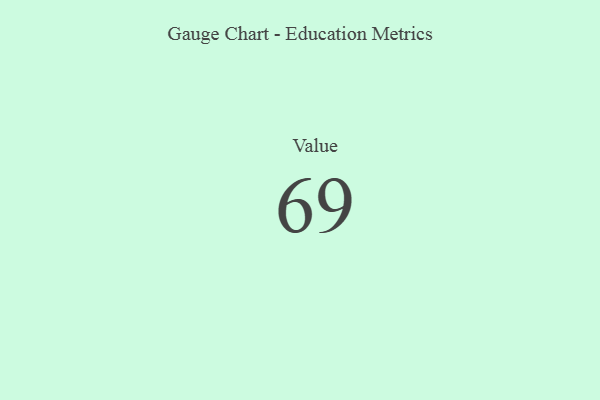
{"axis": {"x": "Metric", "y": "Value"}, "legend": [""], "data": [{"x": "Value", "y": 69, "type": ""}]}